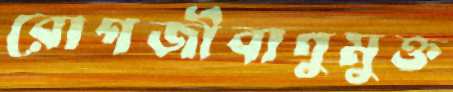
রোগজীবাণুমুক্ত